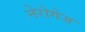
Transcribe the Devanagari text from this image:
नेरोगेज